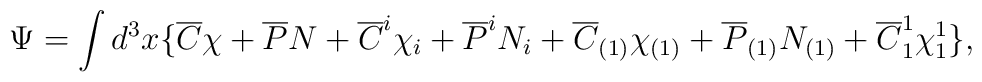
\Psi = \int d^3x \{ \overline{C}\chi + \overline{P}N                  + \overline{C}^i\chi_i + \overline{P}^iN_i                  + \overline{C}_{(1)}\chi_{(1)}                  + \overline{P}_{(1)}N_{(1)}                  + \overline{C}^1_1\chi^1_1\},